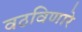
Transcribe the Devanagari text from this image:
वठविणारे